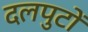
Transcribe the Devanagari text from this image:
दलपुटों